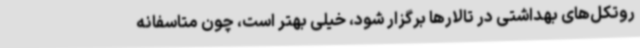
روتکل‌های بهداشتی در تالارها برگزار شود، خیلی بهتر است، چون متاسفانه